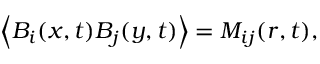
\left\langle B _ { i } ( \boldsymbol { x } , t ) B _ { j } ( \boldsymbol { y } , t ) \right\rangle = M _ { i j } ( r , t ) ,